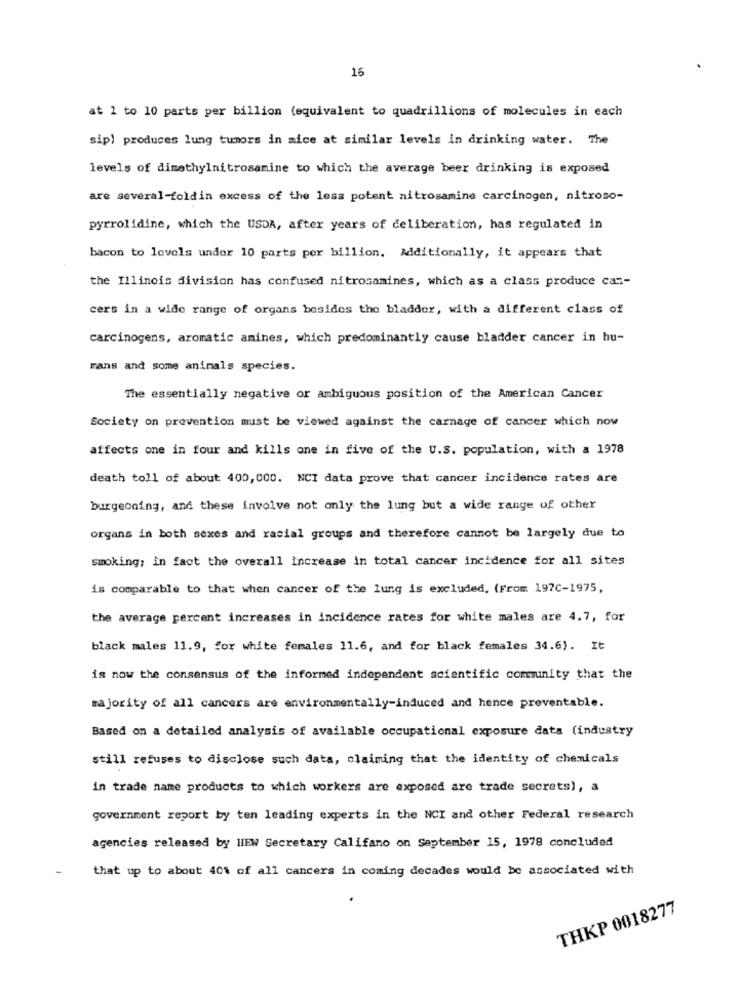
16
at 1 to 10 parts per billion (equivalent to quadrillions of molecules in each
sip) produces lung tumors in mice at similar levels in drinking water. The
levels of dimethylnitrosamine to which the average beer drinking is exposed
are several-foldin excess of the less potent nitrosamine carcinogen, nitroso-
pyrrolidine, which the USDA, after years of deliberation, has regulated in
bacon to levels under 10 parts per billion. Additionally, it appears that
the Illinois division has confused nitrosamines, which as a class produce can-
cers in a wide range of organs besides the bladder, with a different class of
carcinogens, aromatic anines, which predominantly cause bladder cancer in hu-
mans and some animals species.
The essentially negative or ambiguous position of the American Cancer
Society on prevention must be viewed against the carnage of cancer which now
affects one in four and kills one in five of the U.S. population, with a 1978
death toll of about 400, 000. NCI data prove that cancer incidence rates are
burgeoning, and these involve not only the lung but a wide range of other
organs in both sexes and racial groups and therefore cannot be largely due to
smoking; in fact the overall increase in total cancer incidence for all sites
is comparable to that when cancer of the lung is excluded, (From 197C-1975,
the average percent increases in incidence rates for white males are 4.7, for
black males 11.9, for white females 11.6, and for black females 34.6). It
is now the consensus of the informed independent scientific community that the
majority of all cancers are environmentally-induced and hence preventable.
Based on a detailed analysis of available occupational exposure data (industry
still refuses to disclose such data, claiming that the identity of chemicals
in trade name products to which workers are exposed are trade secrets), a
government report by ten leading experts in the NCI and other Federal research
agencies released by HEW Secretary Califano on September 15, 1978 concluded
that up to about 40% of all cancers in coming decades would be associated with
THKP 0018277